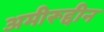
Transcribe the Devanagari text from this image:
अमीरूद्दीन